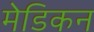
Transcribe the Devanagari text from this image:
मेडिकन